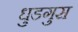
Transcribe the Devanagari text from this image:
धुडगुस